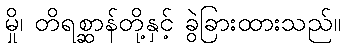
မှို၊ တိရစ္ဆာန်တို့နှင့် ခွဲခြားထားသည်။